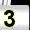
Digit: 3